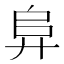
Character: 𭚖